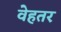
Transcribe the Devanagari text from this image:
वेहतर